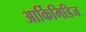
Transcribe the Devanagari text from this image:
आर्किमिडिज